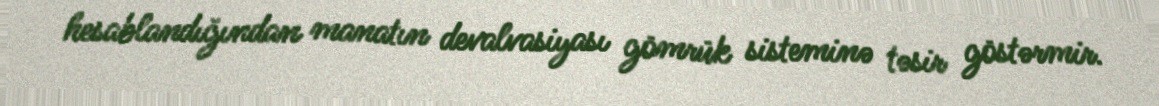
hesablandığından manatın devalvasiyası gömrük sisteminə təsir göstərmir.